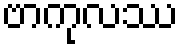
ဗာကုလဿ